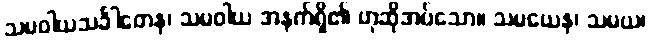
သမဝါယသင်္ခါတေန၊ သမဝါယ အနက်ရှိ၏ ဟုဆိုအပ်သော။ သမယေန၊ သမယ၊